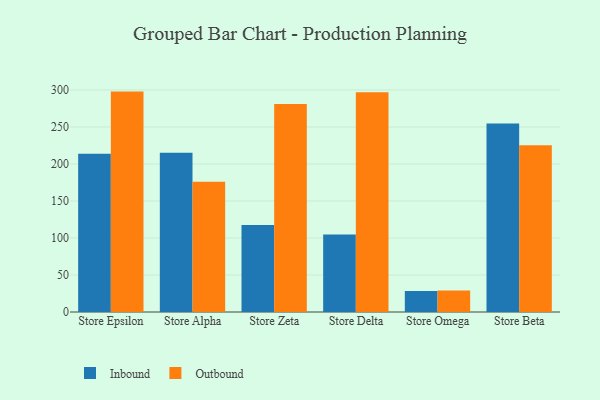
{"axis": {"x": "Store", "y": "Inventory Turnover"}, "legend": ["Inbound", "Outbound"], "data": [{"x": "Store Epsilon", "y": 213.9, "type": "Inbound"}, {"x": "Store Epsilon", "y": 297.8, "type": "Outbound"}, {"x": "Store Alpha", "y": 215.2, "type": "Inbound"}, {"x": "Store Alpha", "y": 175.9, "type": "Outbound"}, {"x": "Store Zeta", "y": 117.6, "type": "Inbound"}, {"x": "Store Zeta", "y": 281.1, "type": "Outbound"}, {"x": "Store Delta", "y": 104.7, "type": "Inbound"}, {"x": "Store Delta", "y": 296.9, "type": "Outbound"}, {"x": "Store Omega", "y": 28.5, "type": "Inbound"}, {"x": "Store Omega", "y": 29.0, "type": "Outbound"}, {"x": "Store Beta", "y": 254.6, "type": "Inbound"}, {"x": "Store Beta", "y": 225.3, "type": "Outbound"}]}